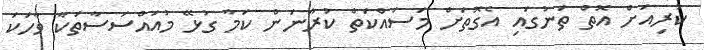
ކުރިއަށް އޮތް ތަނުގައި އެގޮތަށް މަސައްކަތް ކުރާނަން ކަމާ ގުޅޭ މުއައްސަސާތަކާ ވާހަކަ